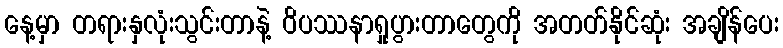
နေ့မှာ တရားနှလုံးသွင်းတာနဲ့ ဝိပဿနာရှုပွားတာတွေကို အတတ်နိုင်ဆုံး အချိန်ပေး